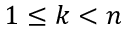
1 \leq k < n